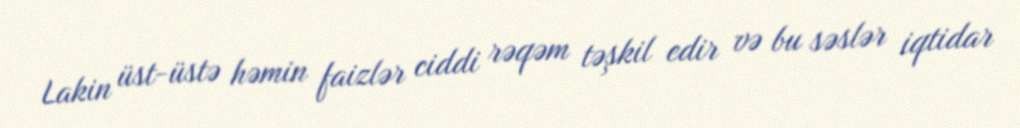
Lakin üst-üstə həmin faizlər ciddi rəqəm təşkil edir və bu səslər iqtidar